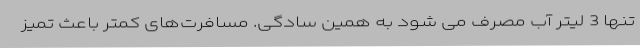
تنها 3 لیتر آب مصرف می شود به همین سادگی. مسافرت‌های کمتر باعث تمیز